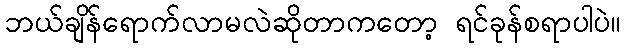
ဘယ်ချိန်ရောက်လာမလဲဆိုတာကတော့ ရင်ခုန်စရာပါပဲ။